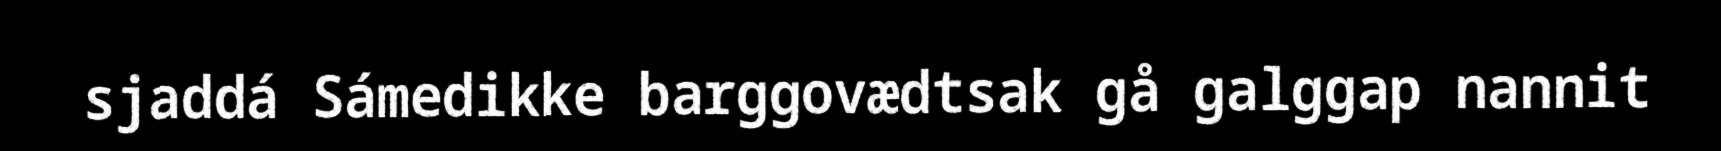
sjaddá Sámedikke barggovædtsak gå galggap nannit